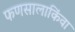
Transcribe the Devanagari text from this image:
फणसालाकिंवा